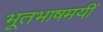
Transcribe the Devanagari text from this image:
भूतभाषमयीं